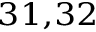
^ { 3 1 , 3 2 }